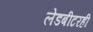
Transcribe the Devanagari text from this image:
लेडबीटरही